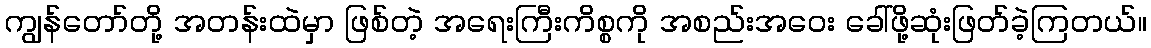
ကျွန်တော်တို့ အတန်းထဲမှာ ဖြစ်တဲ့ အရေးကြီးကိစ္စကို အစည်းအဝေး ခေါ်ဖို့ဆုံးဖြတ်ခဲ့ကြတယ်။